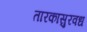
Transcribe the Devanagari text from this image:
तारकासुरवध